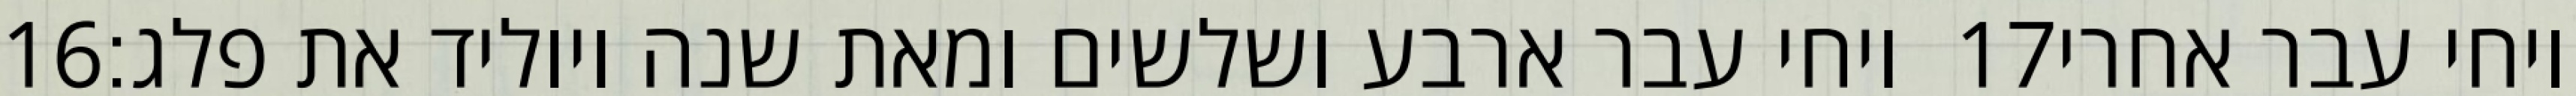
‎16‏ ויחי עבר ארבע ושלשים ומאת שנה ויוליד את פלג׃ ‎17‏ ויחי עבר אחרי